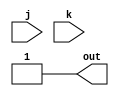
module jk_latch(j,k,out);
    input j;
    input k;
    output reg out;

    assign out = 1'b1; //initialize out

    always @ (j or k) begin
        if(j == 1'b0 && k == 1'b0) out = out;
        else if(j == 1'b1 && k == 1'b0) out = 1'b1;
        else if(j == 1'b0 && k == 1'b1) out = 1'b0;
        else out = ~out;
    end
endmodule